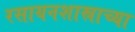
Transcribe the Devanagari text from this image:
रसायनशास्राच्या